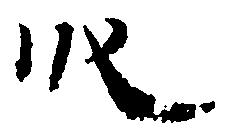
段